Sketch of the medical history of the native army of Bombay, for the year
Year: 1875
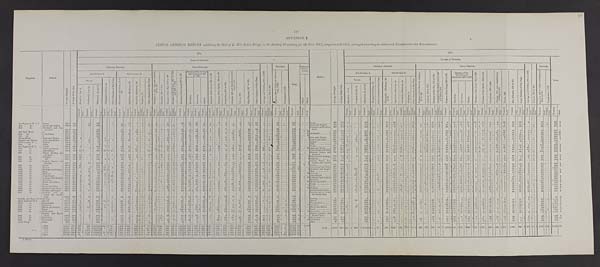
139
APPENDIX I.
ANNUAL GENERAL RETURN exhibiting the Sick of H. M.'s Native Troops in the Bombay Presidency for the Year 1875, compared with 1874, arranged according to authorized Classification and Nomenclature.
Regiment.
Station.
A v e r a g e S t r e n g t h .
A v e r a g e D a i l y S i c k .
1875.
Station.
A v e r a g e S t r e n g t h .
A v e r a g e D a i l y S i c k .
1874.
CLASSES OF DISEASES.
CLASSES OF DISEASES.
Total.
GENERAL DISEASES.
LOCAL DISEASES.
O l d A g e a n d D e b i l i t y , 9 0 4 a n d 9 0 5 .
P o i s o n s , 9 0 6 t o 9 9 1 .
INJURIES.
Total.
SURGICAL
OPERA-
TIONS.
GENERAL DISEASES.
LOCAL DISEASES.
O l d A g e a n d D e b i l i t y , 9 0 4 a n d 9 0 5 .
P o i s o n s , 9 0 6 t o 9 9 1 . INJURIES.
Sub-Division A.
Sub-Division B.
D i s e a s e s o f t h e N e r v o u s S y s t e m , 5 9 t o 1 0 4 .
I n s a n i t y , 1 0 5 t o 1 1 0 .
D i s e a s e s o f t h e E y e , 1 1 1 t o 1 8 5 .
D i s e a s e s o f t h e H e a r t , 2 1 9 t o 2 4 4 a n d 2 5 0 t o 2 5 8 .
D i s e a s e s o f t h e L u n g s 2 9 0 t o 3 3 7 .
Diseases of the Stomac
h and Intestines 449
to 500.
D i s e a s e s o f t h e L i v e r , 5 0 1 t o 5 2 0 .
D i s e a s e s o f t h e S p l e e n , 5 2 4 t o 5 3 0 .
G o n o r r h œ a , 5 8 5 t o 5 9 4 .
A b s c e s s , 8 1 9 a n d e l s e w h e r e a c c o r d i n g t o s i t e .
U l c e r s , 8 5 9 .
S k i n D i s e a s e s , 8 2 7 t o 9 0 1 .
O t h e r D i s e a s e s o f t h i s C l a s s .
I n j u r i e s , 9 9 2 t o 1 , 1 4 6 a n d B l i s t e r e d F e e t , 1 , 1 4 8 .
P u n i s h m e n t 1 , 1 4 7 .
Sub-Division A.
Sub-Division B.
D i s e a s e s o f t h e N e r v o u s S y s t e m , 5 9 t o 1 0 4 .
I n s a n i t y , 1 0 5 t o 2 1 0 .
D i s e a s e s o f t h e E y e , 1 1 1 t o 1 8 5 .
D i s e a s e s o f t h e H e a r t , 2 1 9 t o 2 4 4 a n d 2 5 0 t o 2 5 8 .
D i s e a s e s o f t h e L u n g s , 2 9 0 t o 3 3 7 .
Diseases of the
Stomach and I n t e s t i n e s , 4 4 9 t o 5 0 0 .
D i s e a s e s o f t h e L i v e r , 5 0 1 t o 5 2 0 .
D i s e a s e s o f t h e S p l e e n , 5 2 4 t o 5 3 0 .
G o n o r r h œ a , 5 8 5 t o 5 9 4 .
A b s c e s s , 8 1 9 a n d e l s e w h e r e a c c o r d i n g t o s i t e .
U l c e r s , 8 5 9 .
S k i n D i s e a s e s , 8 2 7 t o 9 0 1 .
O t h e r D i s e a s e s o f t h i s C l a s s .
I n j u r i e s , 9 9 2 t o 1 , 1 4 6 , a n d B l i s t e r e d F e e t , 1 , 1 4 8 .
P u n i s h m e n t , 1 , 1 4 7 .
Fevers.
M a l i g n a n t C h o l e r a , 1 8 .
O t h e r D i s e a s e s o f t h i s C l a s s .
R h e u m a t i c A f f e c t i o n s , 3 4 t o 4 2 .
S y p h i l i t i c A f f e c t i o n s 4 3 .
S c o r b u l i c A f f e c t i o n s , 5 4 .
D r o p s i e s , 5 7 .
O t h e r D i s e a s e s o f t h i s C l a s s .
D i a r r h œ a .
D y s e n t e r y .
O t h e r s .
M a j o r .
M i n o r .
Fevers.
M a l i g n a n t C h o l e r a , 1 8 .
O t h e r D i s e a s e s o f t h i s C l a s s .
R h e u m a t i c A f f e c t i o n s , 3 4 t o 4 2 .
S y p h i l i t i c A f f e c t i o n s 4 3 .
S c o r b u t i c A f f e c t i o n s , 5 4 .
D r o p s i e s , 5 7 .
O t h e r D i s e a s e s o f t h i s C l a s s .
D i a r r h œ a .
D y s e n t e r y .
O t h e r s .
E r u p t i v e , 1 t o 5 .
C o n t i n u e d , 6 t o 1 4 .
M a l a r i o u s , 1 5 a n d 1 6 .
E R u p t i v e , 1 t o 5 .
C o n t i n u e d , 6 t o 1 4
M a l a r i o u s , 1 5 a n d 1 6 .
T r e a t e d .
D i e d .
T r e a t e d .
Di ed.
T r e a t e d .
D i e d .
T r e a t e d .
D i e d .
Treated.
D i e d .
T r e a t e d .
D i e d .
T r e a t e d .
Di ed.
Treat ed.
Died.
Tr eat ed. Died.
T r e a t e d .
D i e d .
T r e a t e d .
D i e d .
Treat ed.
D i e d .
T r e a t e d .
D i e d .
Tr eat ed.
Di e d .
T r e a t e d .
D i e d .
T r e a t e d . D i e d .
T r e a t e d .
D i e d .
T r e a t e d .
D i e d .
T r e a t e d
D i e d .
T r e a t e d .
D i e d .
Treat ed.
D i e d .
Tr e a t e d .
D i e d .
T r e a t e d .
D i e d .
T r e a t e d .
D i e d .
T r e a t e d .
Died.
T r e a t e d .
D i e d .
T r e a t e d .
D i e d .
T r e a t e d .
D i e d .
T r e a t e d .
D i e d .
T r e a t e d .
D i e d .
T r e a t e d .
Di e d .
T r e a t e d . D i e d .
T r e a t e d .
D i e d .
T r e a t e d .
D i e d .
Tr eat ed.
D i e d .
T r e a t e d .
D i e d .
T r e a t e d .
D i e d .
T r e a t e d . D i e d .
T r e a t e d .
D i e d .
T r e a t e d .
D i e d .
T r e a t e d .
D i e d .
T r e a t e d .
D i e d .
T r e a t e d .
D i e d .
T r e a t e d .
D i e d .
T r e a t e d .
D i e d .
T r e a t e d .
D i e d .
T r e a t e d .
D i e d .
T r e a t e d .
D i e d .
Treat ed.
D i e d .
T r e a t e d .
D i e d .
T r e a t e d . D i e d .
T r e a t e d .
D i e d .
T r e a t e d .
D i e d .
T r e a t e d .
D i e d .
T r e a t e d .
D i e d .
T r e a t e d . Died.
T r e a t e d .
D i e d .
T r e a t e d .
D i e d .
T r e a t e d .
D i e d .
T r e a t e d .
D i e d .
T r e a t e d . D i e d .
1st Regiment N. L. C ... Poona
... 459.7
15.5``16 ...
242 ...``1`1
9`13
1```1`8```17```2
2`15`22`3 ...
2`2
1 6```5`5
1 ...
25`6```76```553```Poona
420
19.2
6 ...
...`101`...```1 6 ... 40 ...
...``... 1 ...
...
...``27 ... 1 1
9`13
1 13 ... 11 ... 16 1
2`9 ...
4`20 ...
48 ...
18```7
3`7
3 ...``436 3
2nd
do.
.. Deesa and Rájkot ...
434.9
13.3`...
26
106 ...``...`2 3
1 9`````3`3```14`1`7`8`21`20`6
1``6`8`3`6`12`4```90```376
2 ...
... Deesa and Rájkot
393
14.4 ...```151 1 ...`...`28 ... 13 ... ...
...`... 1 ...
6 1 2
... 23 ... 5`14 1
3 ...
16`2 1
...
4
...
3 ... 6
... 2`7 ... 23`12 1````6
6```4
08
4
3rd.
do.
.. Neemuch and Nus
seerabad.
..
438.6
16.0`...
...
...
193`...```5
2`8`6````.
..
13`2`1
4
... 3 1
22`8
...
14`1 5 ...
3`1 ...
7 ......
4 ...
46`34 ...
5`. .. ...
90 ... ... ...
540
1`...
Neemuch and Nusseer
ábad.
429
17.3
3
1
...
...
359`... ...
1`31
...
8 ...
2 ...`... 2 ...
5
... ... ... 23 ...
3
...
24
1
3`7
..
9
...
4
1
1
... 7``...
11
...
5 7
2 0`.
..`1`9
6``.
..
677
3
1st Sind Horse
...
304 5
10.1 ... ...
...
.
367 1
..
22
5 . 10
....
. ...
..
3
....
.
9
..
. ...
8 2
6 -
13
10 1
4
-
2 .
... .
5 . 17
...
37 .
3 1
3 1
..
58 ..
...
582
6
1
32
343
13.3
6 ...
...
441 1 ... .
3 ..
16
3
3
4
11
19
5 3
... 20
..
9
...
6
..
.. 2
19
40
3
...
2 1
... 75
....
685
7
2nd
d o . . . .
Jacobabad
287.0
9.6
..
...
..
129
8
-
12 .
4
... ..
2
1
... ..
3
1 ...
10
2
1
.. 4
4 ... ... ...
3 ...
6
12
72 ...
33 ..
6 ...
1 ...
32 .
.. ..
343 3
31 Jacobabad
334
8.8
207
5
12
1 3
2
7
26
8 1
9
6
1
1
3
10
28
18
2
5
2
..
44
385
16
3rd
do.
...
356.0
10.7
...
441
3
.
17
2
...
2
5
4
1
19
23
12
5
7
21
48
14
3
101
724
4 ...
47
291
9.4 ...
..
1
..
299 7 ... ..
... ...
11 ..
3
1
2 ..
. ...
1 ... 3
6 .....
11
3
5 1
8
2 .. ..
..
7
2 ...
8 ... 31
.
26 ... 10 ..
2 .. .. ..
65 ...
.. 503
12
Poona Horse
... Sirur and Dhulia
... 399.8
12.5
3
2 ..
84 ..
4 ... . ..
23 .
2
..
1
9
1
18
10 1
3 ...
12 ..
18 ..
2 ... ... ...
5 ...
8 ...
2 .. 33
..
13 1 1
1 ...
79 1
... ..
333
4 ...
7 Sirur and Dhulia
443
9.3
2 ..
2
.
61 ..
..
.
1 ...
9 ...
4 ...
1
...
. 2
4
.. .. .. 21 ..
2 ... 5
.
7
.
14
..
3
...
2
6
..
4
...
1 7
..
10
1
5
.
..
41
. .
223
1
Sappers and Miners
... Aden and Kirkee ... 585.5
10.'7 ...
64 .
73
3
3
1
16
10
2
2
6
1
16
12
3
8
7
1
4
5
8
33
22
2
3
33
334
4 ...
... Kirkee and Aden .....
491
10.3
3
..
13 ...
220 1 ..
.. 20
...
1 ...
7 ... 1
1 ..
...
... 1
..
4 . ..
.. 17
7
... 5
15
.. 1
1
3
15
.. 1
.. 26
... 11
2
... 1
.. 74
...
451
1
1st Company N. A.
... Rájkot
... 124.0
2.6 ...
19
33
6
2
1
4
3
1
1
6
3
2
4
4
18 ..
... ...
106
1
... Rájkot
133
3.4
2 ...
2 ..
70
... .
8
2
1
2
3
1
8
6
2
13
1
1
2
9
3
22
158
2nd
do.
... Aden
...
66.8
1.1 ...
...
...
5 .. ...
....
9 .
..
.
....
..
1
3
1
1
1
.
1 .
5 .
1
2
30
3
Aden
75
1.4
14
21
3
...
2
1
6
2
...
1
..
1
5
3 . ..
59
...
1st Regiment N. I.
... Poona
...
629.5
24-6
3 ...
...
426 1
1
1 ..
..
63 .
12 ..
3
... ..
1
7 1 2
13
2 .
30
15 ...
28
28
2 ...
6 ..
6
9
..
20 .
36
24 .. 3
...
..
58 .. ... ..
798 1
...
... Poona
661
21.6
15
.
...
... 274
2
... .
3 ...
31
... 14
2
. ... ...
5
.
1
. 15
...
29
2
13
25
24
..
1
.. 4
. 7
33 .
11
.
1 2
..
1 6
5
10 3
643
4
2nd
do.
... Aden and Perim
.
637.8
14.6
.. ..
2
61 1
.
1
..
16 ...
3 ...
35 ...
. . .. ...
14 .. ..
. 10
12 ..
34 11
..
34
18 ...
9 ...
3 .
. . ....
14
11 ...
17
22 .
22
2 .
43 ... ... ...
394
1
...
39 Aden and Perim .
687
18.3
... ...
7
..
207 1
1
28
...
5
.. 28
..
... 6
7
1
1 ...
6 .. 1
2 8
1
9
... 18
...
28
..
52
...
1
. ..
11
.
1 0
..
3 2
9 1
43
.
...
...
30
...
-
521
6
3rd
do
... Ahmedabad
... 700.5
32.4
17 1
.
544 I 18
11
21 ..
29 ...
24
1 8 . ... ...
12 ...
6 1 .. ..
7 1 ... 4 ..
95 1
26 ...
48 ...
40 ... 19 --.
2 ...
9 ..
3 -.
10
..
70 ...
34 ..
22
2 ...
101 ... ... ...
1,246 15
...
... Ahmedabad and Sádra 667
26.4
8
.
1 ..
399
1
..
45
. 28
... 34
...
. 3
1
3
1
1 .. 69
6
.. 50
... 4
28
24
...
2
.
4 .
5
4
.
1
...
68
...
40
32
86
.
946
2
4th
do.
.. Satara, Bombay and
Asirgarh ...
631.0
15.8
16
2
170 .. ... ...
1 .
103 1
17
5
...
..
4 2
8
2
6
43
21
10 .
39
3
.. ... ...
6 ...
7
5
.
44
15
3
..
1
72 ..
... -.
603
3 ...
...
Bombay, Satara, and
Asirgarh.
646
21.9
3
..
1...
271
...
... ..
96
... 10 - 12
..
1
..
5 .
14
2
..
17
6
.
43
19
8
1
30
...
5
2
1
...
4
11
..
6
...
6 3
...
24
.
3
..
3
..
105
...
762
3
5th
do.
... Belgaum ...
634.0
14.4
10
. . .
..
147 2 ..-
.. ,
..
37 ..
18 ...
5 ... - .
1
6 ..
1
.
9 .. .. ..
20
10 1 13
30 .
...
...
3 ..
6
...
..
35
11 ...
2 ..
1 1
55 .. ... ...
420
4 ...
6 Belgaum and Kaládgi
664
14.2
8 ...
2
166 2
.
.
1
34
8 ...
26
1
3
15
3
11
6
1
...
32
7
7
2
29
12
... 3
. 1
55
. .. .
433
2
6th
do.
Do. `610.5
11.1
17
149
4
3
1
14
9
3
1
5
15
1
7
11
16
2 -
4 ...
4 .. 30
14 ... 5
1 .
49 .. ...
-
361
4 ..
2 Belgaum
631
7.5
7
.
...
...
92 1 ...
...
1 .
12
...
3 -
2 1
... ...
10
..
- ...
10
1 9
...
10
12
..
1
-
1
..
3
.
2 5
....
5 .. 1
...
32
241
3
7th
do.
... Rájkot, Tanna, and
Dwárka
...
628.7
17.8
1
75 ...
247 1
.
... .
47 ...
7
1
3 .. ...
1 1
8 ..
.. -
19
.. 3 1
18
3
26
1
11 ...
26
..
1
.
1 ..
2
7
5 ..
49
21
15
1 1 ...
80 .. ... ...
674
9
...
8
Rájkot,
Ta nna , Por bunde r , a nd Dwá r ka
650
18.1
... ...
...
.
516
2
...
6
27
.
3
4
1
.
3
...
17
1
1
18
1
19
16
17
1
...
1
2
5
3
39
28
1
32
..
760
4
8th
do.
... Poona
... 690.0
28.1
10 .
.
515 .. 2
1
...
.. 67
.
49 .
4 .
... 9
11
3
33 ... 2 1
163 ...
18
13 ...
44 ..
2
4
..
12
7
...
12 ..
49
23 ... 4
1 ..
353
... ...
1,410
2
5
1 Poona
665
19.2 11
...
...
..
207 .... ..
... ..
42
.. 28
5
..
.. 3
11
..
... 20
3
1 0 1
..
11
.
12
1
1 6
1
1
5
--
1 0
... 9
..
5 4
1 0 .
2
84 1 .
. .
646
2
9th
do.
... Baroda
...
648.3
15.6
10
3 1
177 .
12 8
3 ...
40
5 ...
1
5 ...
6 2 1 .
25 ... .. .
27 .
10 ...
35 ..
12
1
..
... ...
1
...
6 .
18
40 .
9 ...
1 .. . -
48 . ...
496
11
..
... Ahmedabad and Sádra
687
16.0
4
..
..
...
211
...
... ...
15
1
4
4
1
34
...
2 2
2
3
..
16
-
5
..
.
.
1 ... 3
.
4
16
3 0
...
9 .
1
.
..
40 .. ... .
424
2
10th
do.
.. Mehidpur and Augur.
584.3
39.7
..
37 ..
724 .
43 24 ..
.
45 ..
11 ..
7
1 ..
3 ..
4
25 ... 2 1
35
54 ..
14
27 ...
4
.
2 .
8 -
11
13 .
45
.
22 ...
25 ... 1 ...
114
1,277
25 ...
1 Mehidpur and Augur. 595
42.6
1
..
153
-
781 ... .
... . .
56
..
13
..
3
... .
2
.
6
...
2
... 45
-
..
5 9
..
27
8
15
3
...
4 ...
... 12 ..
9
.
5
4 2
... 29
3
..
75
.. ...
1,353
11th
do.
... Bhuj
... 671.0
16.1
2 ..
54
28 1
.
.
4
,
11 ..
12_
1
...
1 1
1 ..
3 ..
6 ...
1 ...
37 1
11 ..
10 ...
26 ..
6
1
7 ..
2 -
11 ..
21 ...
23 ...
26 ...
2 ..
1 ..
25 .. ...
. 332
4
...
.. Bhuj
. ...... ,,, 668
14.0
...
11
104
. ... ..
...
22
1 6
...
..
1
. 2
. 10
1
17
1 12
18
17
3
.
3
8
11
16
3 7
26
1
3
48 1
..
377
5
12th
do.
... Dharwar
...
685.0
18.3 ... ...
7 .
87
3
3
2
.
24
7 .
...
...
1 .
8 ..
16 ...
18 1
9 .
6
5 -
3 ..
1
12 . .
12 ..
17
13
87
1 .
36 .
375
4
30 Dharwar
678
30.8
5 ...
14
..
60
...
.
... .
65
1 15 ...
.. ...
...
3 .
8 ..
.. 14 ..
...
65
.
6
..
5 - 20
1
1 ..
3 .. 14 ... 51 1 40
.
14
...
163 1
1
..
63
, ...
630
4
13th
do.
... Ahmednagar
... 674.0
14.7
4 ...
43 ..
69 .
2
2 10
.
57
8 ... ... ... .....
1
4 ...
...
4 1 ... ...
30
10
20
39 ...
1
1
16 .
5 ...
3 ..
57
29 .. ...
...
..
104 -
... ...
554
2 ...
... Ahmednagar
613
15.7
14
128
30
... .. 17
24
13 ... 15
..
5
.. 94 - 1
1 5
10
6
...
44
..
..
1 .. 4
10
.
...
1
. .
32 ..
64
..
..
539
14th
do.
... Kolhápur and Kaládgf 609.0
21.6
2 ...
5 ...
159 .
1
1
1
40
22 ...
5 . ......
3
11 .
..
1 8 ... . . .
47 1
7 1
7 ,.
15
11
1
...
.
7 ..
6 ...
2 1
49 ...
19 ...
2 ....
.
43 . .
.. ...
482
5
1
34 Kolhápur and Kaládgi
614
683
20.3
4 ...
4 ...
101 1 ...
,
2 . .
53
26
... .. 2
7 ...
3
- 1 .. 18 ...
4
1
7 1
2
12
12
1 4 1 9
... 3
11
.. 3
1
54
16
-
41 .. ... , -
472
4
15th
do.
... Málegaon
... 608.0
14.4 2
...
48
190
1
11
. 21
16 ,..
..
...
...
1
9 1 ..
36 ... ..
.
21 ...
21 ..
18 ...
7 ..
... ..
...
..
5 ..
15 ..
3 ..
46
16 ... ...
.. ..
44 .. ...
530 2
... Málegaon
614
13.2
2
...
19 -
77 ...
16
27 ... 9
. .
..
. ....
8
. 1
.. 40
1
1 6
.. 5
13
7
6
-
9
1
7
2 6
10 .
..
18
- .
-
347
1
16th
do.
... Mhow and Indore ...
666.4
28.3
3 ..
3 1
320 .
7
1
9 .
86
9 .
5 ..
1
.
8 ... 2 ...
18 ...
2 .
34 ...
35 ...
20 ...
39 .
4
2 ...
14 ...
1 ..
21 .. 83
...
24 ..
12 ..
2 ...
185 ..
... ...
949
5 ...
31 Mhow and Indore
633
40.3 11 ...
3
.
397 ... ...
. 2
... 94
... 13 ...
. ..
.. 2
1 8
... 35
..
1
- 72
21
.. 19
1
38
.. .
... 4
16
3
7
..
1 1 1
..
4 5
37
2 2
131 .. .
.
1,123
3
17th
do.
... Poona
... 658.5
22.8
1 ...
20 .
390
1
84
14 ...
2 .. .. ...
1 . .
3 . ..
8 ... 1 .. 25
1
12 ..
34 ..
27 ...
2
1
9 ...
8 .
29 .
49
22 ..
30 ...
24 1 ..
14 ...
.. ...
810
3 ..
- Poona
579
18.7 5
..
1
..
212 1 ..
--.
22 22.19 19 ..
...
...
9
5 1
1
.. 14
. 13
51 2
11 1
30
.. 15
..
2
1
4
...
1 5
...
3
...
4 0
...
6
...
11
.. . ...
52 ... .. .
542
5
18th
do.
... Deesa and Sádra
...
624.8
22.5
2
2
305
1
79
16
4
4
11
39
57
20
6
42
6
2
8
8
7
38
28
8
1
100
794 ...
...
5 Deesa
620
28.0
1
..
14
1
548 1
., .. .
86
.
13 ...
10
.. ... 7 3
17
..
1
... 67
4
6 1
17
..
9
-
14
7
8
5
-
3
..
5
3 8
...
51 ...
7
..
1
47 ..
1,051
4
19th
do.
... Sholápur and Poona.
668.0
14.0
1
...
...
347
...
..
49
23 ...
1 .. .....
1 .
7 .. ... ..
25 .
31 1
2 .
12
11
4
.. 1
...
15 ..
2 ..
14 ...
40 ..
31 1
2 ... ... .. 27
...
646
2 ..
16 Sholápur
652
27. 0
4 .
4
601
1
. .. 40
..
19
6
.. .
3
11
. 20
- 2
. 36
... 11
26
21 1
4
2
19
4 ...
5
...
3 5 .
32
15
54
975
4
20th
do.
.. Bombay and Janjira ...
638.7
30.7
5 ...
18 ...
123 2 .,
7
.
46
25 ..
25 1 . ...
5 3
12 ...
8
.. 1
66 1
59 1
19 ..
24 1 11
-
4 ..
12 -
8 ...
18 ...
51
19 ..
27 .. 2 ..
28
.
..
...
663
9 ...
... Bombay and Janjira
645
30.8
9 ..
21 -
171 2 ,, .. 10
39 1
19
19
3
1
16 1
1
.
6 - 1 1
39
1 55
..
19
23
2
...
14
-
1 1
..
2
.
6 5
...
42
17
.
...
65
669
7
21st
do.
... Bombay and on
board the steam
ships
666.0
20.6
8 ..
15 ...
215 2 ...
.
2
34
28
3
1
1
2 ..
8
1 .....
12
1
45
1
19
17
29 .. 12
1
1
...
10 -
8 ..
2
...
51 ..
27 .
8
...
1
51 .
..
...
610
6 ...
Bombay and on board
the steam-ships.
607
24.3
8
...
5
251
2
... ..
40
9
9
...
2
4
13
1
.
37
.....
31
3 16
18
24
1 7
1
3
6
4
7
.
46
...
22
14
.
40
617
8
Details, 21st Regt. N. I. Bombay
35.0
2.5
2
.
6
..
1
2
1 2
1
3
3
1
1
3
1 ..
1
3
1
...
1
32
1
Bombay
31
5.0 ...
. 11
6
1
3
2 1
2
2
2
1
1
1
2 1
...
34
2
22nd Regiment N. I. ... Baroda
... 662.2
26.8
5
49 .. 281
14
7
1
66 ..
15 .,
2 ... .. ... ...
9 ..
.
.
53...
...
49 ...
45 .. 7
20 1
.
..
3 .
3 ..
3 .
13 ...
47 ...
2: ...
11 1...
..
84 .
1 ..
806
9
...
... Baroda
623
32.7 .
60
690 2
.. .. ... ...
65
11 -
1
... .. ...
..
3
.. .. ... 49
.- 1 1 30
2
23
2
22
3
6
13
9
4
5 1
21
3
1
83
3
..
1,154
5
23rd
do.
... Nusseerabad
...
629.0
17.2
2 .
1 .
250 ..
2
57 .
12 ...
8 ... . ..
4 1
17 .
.. ...
14 ... 8 .
37 .
25 ..
9 .,
37
4 ...
9 ..
7 ..
... ...
26 -
50 ..
20 -
1 .. 3
72
... ,..
675
1
..
... Nusseerabad.
687
25.4
9 ...
...
.
446 1 ... ..
1
..
62
.
1
.-
6
., .,
12
10
.. ,
13
.. 1 1
5 1 4 33
8
36
91
15
10
5
36
6 2
30
1
56
...
913
7
24th
do.
... Neemuch
...
622
.0
23.2
11 ..
. .
...
575 ..
2
2
2 ...
28 2
3 ..
13 .. 2
1
,
..
14 ... ..
15 ... 1 1
69 3
44 1
15 1
43
5
.. 8
...
9 ..
4 ..
5 ...
52 ...
22 ... ...
..... . 92
..
1 ...
1,035
11 ..
14 Neemuch
646
41.0
3
...
1
..
885
3 ...
..
6 ...
28 ... 12 ...
6
. 1 ..
2 .
11 1
... ...
15
1 0 8
2
16
13
36
1 0 ,.
10
6
2
5
5 1
54
1
82
...
1,364
6
25th
do.
... Mhow and Idore ...
616.2
24.8
8 . .
173 ...
198 ..
2
.
8 ..
47
18 ...
5 .. ...... ...
..
7 ... .. ...
15 . 1 1
69 1
9 ..
20 ,
66 ..
1 ...
18 ...
6 .
3 ...
10 ..
52 ...
16 , .
2 ..
1
112 ,
... ...
867
2 ...
... Mhow and Indore...
617
34.8 63 .
93
..
502 ...
..
..
70 ..
8 ..
3
1 ... --.
1 ..
1
.. - 25 .. 2 1
6 9
2 10
20
48
2
8
12
6
5 8
20
7
146
-
1,174
5
26th do.
Surat
... 614.0
34.4
6 ...
..
..
600
3 ...
4
56
24
3
11
30
120 6
38
24 1
16 .
12
20
10 ..
.
105
30 . 9
1 ,.
146
..
1,264
11
Surat
649
31.3
4 ...
...
..
818 2 .....
... 43
34
...
4
.
.. ...
., ...
7
. 1. . .. 24 --.
40
3 25
1 1
1
11
2
9
7
2
2
9 7
51
7
89
.
1,287
6
27th
do.
... Hyderabad
...
679.0
27.8
.
275
2
13
38
26
52
1
10
8 ...
30 ...
1
..
5 ..
18 ..
16 ...
16 ...
28 ..
13 .
2 .,
103 .
3 ...
661
2 ...
Kurrachee
652
11.9
1
..
...
-
115 1 .
2
8
23
-
. 19 .. 2
52
11
11
54
.
1
14
7
10
32
11
1
123
5 ......
502
2
Rájkot and Barda
.
Rájkot, Dwárka, and
633
29.5 11 ..
...
706 1
,, 5
..
68 ... 16 - ... ... .. .. 10 ...
7 ...
... 26
3
3 5
1
13
27 1
42
1
. 4
10
9
11
26
25
2
2 1 72
1
1,132
5
28th
do.
...
Choki ...
639.1
23.6
1
6
458 3 ...
.. ...
62
7 ...
9 2 .
5
6
1 3 .,
33 ,.. 3 .
24 3
17 2
23 .
46
1
2 ...
9 ...
1 .. 3
... ...
..
32 -
20 - .
10 1 1 ..
74 1
1
.
856
14 ..
...
Barda Choki.
2
1 7
1 20
11
2 14
..
29th.
do.
... Kurrachee
...
627.8
20.8
1
324 .
...
..
1 ...
22
18
1 .
. ... ...
..
3 .. 22 ..
... ... ..
17 4
6
...
6 ..
14 ..
1
2
...
16
13
.
30
26 ..
3 -
10 .. ...
..
29
... ..
565
4
1
1 Hyderabad
636
21.5
.. ..
...
568
l
11
... 25
. 1
. ...
.
..
... 22
-
41
5 25
8
1 23
2
.
1
28
16
12
2 0
6
1
43
..
820
3
30th
do.
... Jacobabad
... 583 2
25.9 ...
.
..
437 1 ...
...
2 ...
33 ...
6 ..
3 1
-.. ...
.
5 1 1 ...
19 ...
1 1
51 5
40 ,.
7 ...
10 ..
-
..
26 1
13 -
4 .
8 ..
62 ..
20 1
22 1 3 .
86 1
...
859
13 ...
45 Jacobabad
592
20.0 .. ...
..
.
258
.. ..
24
...
9
.. 4
1 ...
10 1
12
4
- 2
1 1
12
6
15 1
1
..
17
10
11
3
9 5
7 2
19 2
67
.
646 15
Aden Troop
... Aden ...
90.7
5.5
100
17
1
2
2
2
3
8
1
5
9
1
10
6
25
192
Aden
87
6.9
1 3 5
1
19
2
7
1
4
..
9
5
4
7
24
5
11
41
319
T o t a l 1875
...
22,819
772.7 150 1
691 2 10,566 22 120 71 98
..
1,588 4
544 1 198 4 8 3
78 9 277 1 0 40 ... 752 .. 53 8 1,491
43
706 7 635 2 929
4 145
5 162 1 276
270
499 1
1,644 ... 847 4 282 729 1
3,073 3
6
... 26,157 213
8 366 Total
22,750
835.7 233
1
560
1
12,73342 1
81
1,474
4
496
1
228
2 8
101
8
224
7 22
938
69 7
1,437
54 532 5
525
8 843
5
115
9
145
303
334
2 377
..
1,646
940
8 289 7 17
2 2,721
3 10
26,402
176
1874
... 22,750
835.7 233 1
560 1 12,733
42
1
81 ...
1,474 4 496 1 228 2 8
101 8 224 7 22
938
... 69 7 1,437 54 532 5 525 8
843 5 115
9 145 ., 303 - 334 2 377 ...
1,646 ... 940 8
289 71j 2 2,721 3
10 ... 27,402 176 ...
..
1873
...
22,967
876.2 162 1
1,039 . 13,994
30 ...
114
.
1,661
1 492 1 294 4 8 1
85 4 223 9
21 .. 988 .. 48 4 1,335 57 640 4 679 14 939 4 115
3 151 3 376 . 491 1 457 1
1,713 .. 869 10
242 639 ..
2,792 7
7 ... 29,964 165 ...
..
1872
... 22,903 1,040.0
541 3 4,742 3 16,849 52 29 18 123
2 1,912 3 477 1 291 5 6 1
90 6 208 8 19 ... 933 .. 53 5 1,115 68
741 7 977 8 956 4 107
7 162 1
319 .. 405 1 543 1
1,689 2 681 5 245 11 38 .
2,805 4
15 ... 37,072 226 ...
...
1871
B 66—J
... 22,959
999.2
97
1,351 2 14,432
55 4
3
58
2 1,647 8 573 3
238 9 910 1 112 5 256 12 24 1 933 .. 36 10 1,107 71 690 4 645 8
912 4 104
8 125 1 329 2 514 1 566 1
1,727 2 680 9 216 9 39 2
3,019 3 104 .. 30,608 236
139
B 66-J